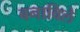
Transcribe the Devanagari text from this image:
बनाविले